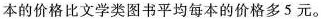
本的价格比文学类图书平均每本的价格多5元。